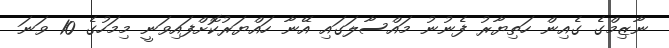
ނާޒިމްގެ ގެއިން ހަތިޔާރު ފެނުނު މައްސާލަގައި އޭނާ ހައްޔަރުކޮށްފައިވަނީ މިމަހުގެ 10 ވަނަ